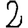
Digit: 2